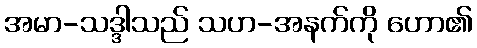
အမာ-သဒ္ဒါသည် သဟ-အနက်ကို ဟော၏